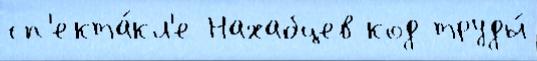
сп'екта́кл'е Нахабцев код труды́